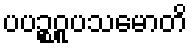
ပပဉ္စဝူပသမောတိ